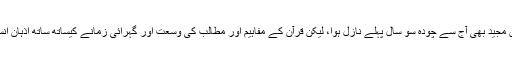
مولانا عمران حیدر: دیکھیں قرآن مجید بھی آج سے چودہ سو سال پہلے نازل ہوا، لیکن قرآن کے مفاہیم اور مطالب کی وسعت اور گہرائی زمانے کیساتھ ساتھ اذہان انسانی پہ مزید بڑھتی جا رہی ہے۔